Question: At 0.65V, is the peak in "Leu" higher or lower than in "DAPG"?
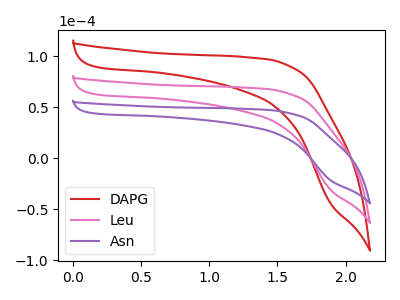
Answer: <think>The red curve "DAPG" has no peaks. The pink curve "Leu" has no peaks. The purple curve "Asn" has no peaks.</think>
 <answer>"Leu" and "DAPG" dont share a peak at 0.65V.</answer>
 <eval>mismatch</eval>